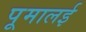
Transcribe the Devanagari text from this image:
पूमालई